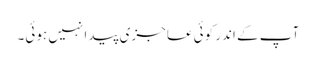
آپ کے اندر کوئی عاجزی پیدا نہیں ہوئی۔